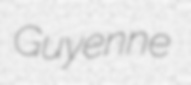
Guyenne